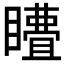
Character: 𭿣